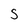
Character: S